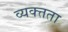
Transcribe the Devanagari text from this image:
व्यक्त्तता